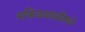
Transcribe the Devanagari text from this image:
भक्तिचळवळींमध्ये